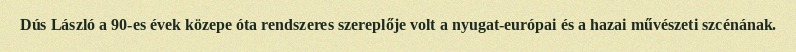
Dús László a 90-es évek közepe óta rendszeres szereplője volt a nyugat-európai és a hazai művészeti szcénának.